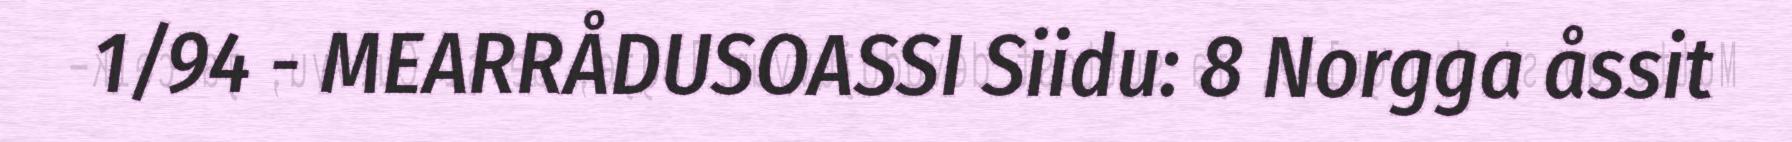
1/94 - MEARRÅDUSOASSI Siidu: 8 Norgga åssit